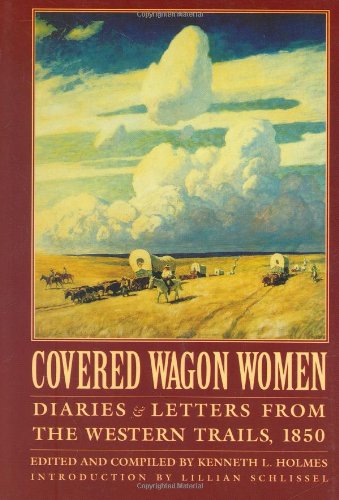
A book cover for Covered Wagon Women, Volume 2: Diaries and Letters from the Western Trails, 1850 (Coverd Wagon Women); History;